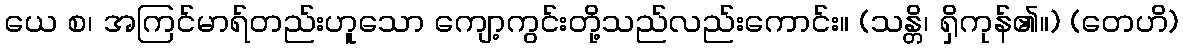
ယေ စ၊ အကြင်မာရ်တည်းဟူသော ကျော့ကွင်းတို့သည်လည်းကောင်း။ (သန္တိ၊ ရှိကုန်၏။) (တေဟိ)